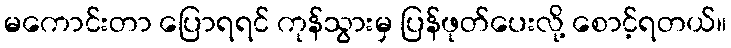
မကောင်းတာ ပြောရရင် ကုန်သွားမှ ပြန်ဖုတ်ပေးလို့ စောင့်ရတယ်။